Vaccination returns of the Province of Eastern Bengal and Assam - 1905-1912
Year: 1905
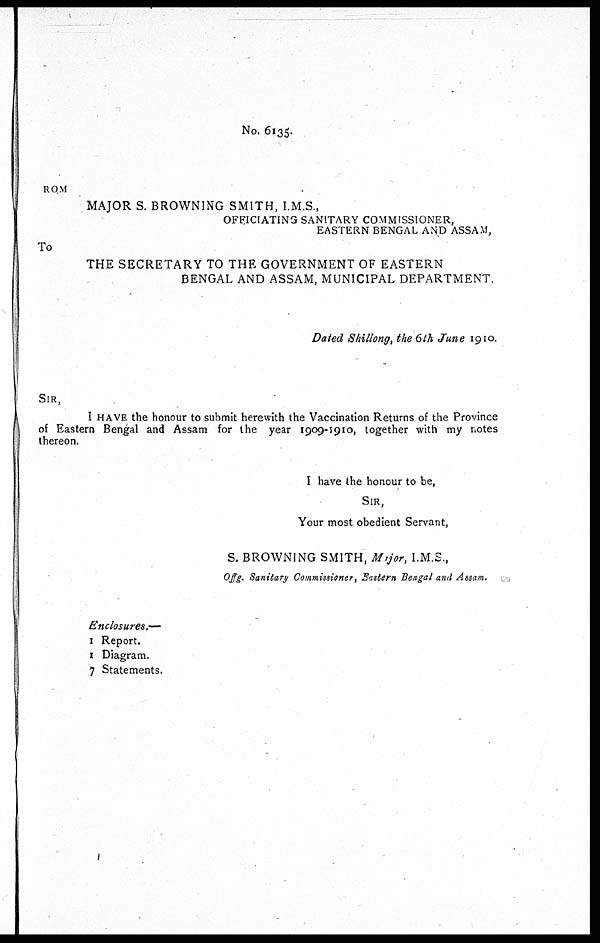
No. 6135.
FROM
MAJOR S. BROWNING SMITH, I.M.S.,
OFFICIATING SANITARY COMMISSIONER,
EASTERN BENGAL AND ASSAM,
To
THE SECRETARY TO THE GOVERNMENT OF EASTERN
BENGAL AND ASSAM, MUNICIPAL DEPARTMENT.
Dated Shillong, the 6th June 1910.
SIR,
I HAVE the honour to submit herewith the Vaccination Returns of the Province
of Eastern Bengal and Assam for the year 1909-1910, together with my notes
thereon.
I have the honour to be,
SIR,
Your most obedient Servant,
S. BROWNING SMITH, Major, I.M.S.,
Offg. Sanitary Commissioner, Eastern Bengal and Assam.
Enclosures.—
1
1
7
Report.
Diagram.
Statements.